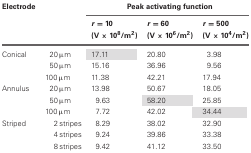
<table><thead><tr><td><b>Electrode</b></td><td></td><td colspan="3"><b>Peak activating function</b></td></tr><tr><td></td><td></td><td><b><i>r</i> = 10 (V × 10<sup>8</sup>/m<sup>2</sup>)</b></td><td><b><i>r</i> = 60 (V × 10<sup>6</sup>/m<sup>2</sup>)</b></td><td><b><i>r</i> = 500 (V × 10<sup>4</sup>/m<sup>2</sup>)</b></td></tr></thead><tbody><tr><td>Conical</td><td>20 μm</td><td>17.11</td><td>20.80</td><td>3.98</td></tr><tr><td></td><td>50 μm</td><td>15.16</td><td>36.96</td><td>9.56</td></tr><tr><td></td><td>100 μm</td><td>11.38</td><td>42.21</td><td>17.94</td></tr><tr><td>Annulus</td><td>20 μm</td><td>13.98</td><td>50.67</td><td>18.05</td></tr><tr><td></td><td>50 μm</td><td>9.63</td><td>58.20</td><td>25.85</td></tr><tr><td></td><td>100 μm</td><td>7.72</td><td>42.02</td><td>34.44</td></tr><tr><td>Striped</td><td>2 stripes</td><td>8.29</td><td>38.02</td><td>32.90</td></tr><tr><td></td><td>4 stripes</td><td>9.24</td><td>39.86</td><td>33.38</td></tr><tr><td></td><td>8 stripes</td><td>9.42</td><td>41.12</td><td>33.50</td></tr></tbody></table>